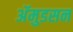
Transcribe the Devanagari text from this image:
अॅमुडसन